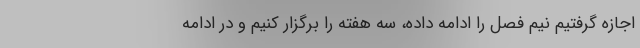
اجازه گرفتیم نیم فصل را ادامه داده، سه هفته را برگزار کنیم و در ادامه